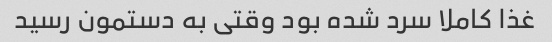
غذا کاملا سرد شده بود وقتی به دستمون رسید